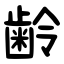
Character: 齢